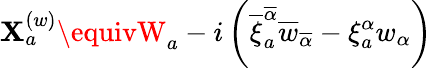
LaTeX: \mathbf{X}_{a}^{(w)}\equivW_{a}-i\left(\overline{{{{\xi}}}}_{a}^{\overline{{{{\alpha}}}}}\overline{{{{w}}}}_{\overline{{{{\alpha}}}}}-\xi_{a}^{\alpha}w_{\alpha}\right)